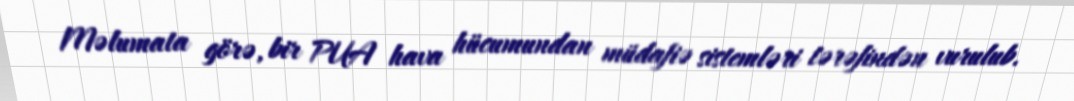
Məlumata görə, bir PUA hava hücumundan müdafiə sistemləri tərəfindən vurulub.